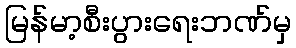
မြန်မာ့စီးပွားရေးဘဏ်မှ